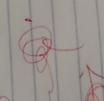
Signature authenticity: genuine